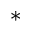
^ \ast